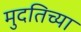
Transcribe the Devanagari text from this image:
मुदतिच्या